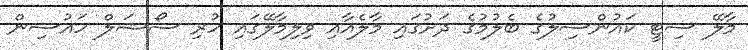
މާލޭ ސިޓީ ކައުންސިލުގެ ބެލުމުގެ ދަށުގައި މާލެއާއި ވިލިމާލޭގައި ހުރި ސޯޝަލް ހައުސިން